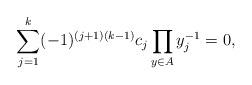
LaTeX: \begin{align*}\sum_{j=1}^{k} (-1)^{(j+1)(k-1)}c_{j} \prod_{y \in A} y_{j}^{-1} = 0,\end{align*}